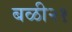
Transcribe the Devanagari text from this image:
बळी२१